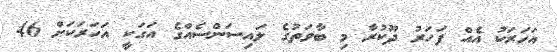
އަހަރަކު އެއް ފަހަރު ދޫކުރާ މި ބާވަތުގެ ލައިސަންސެއްގެ އަގަކީ އަހަރަކަށް 46